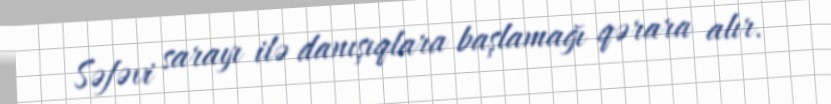
Səfəvi sarayı ilə danışıqlara başlamağı qərara alır.